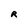
Character: R